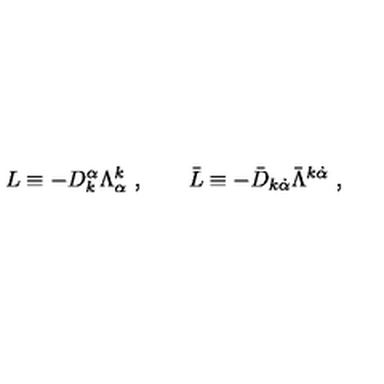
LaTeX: L \equiv - D _ { k } ^ { \alpha } \Lambda _ { \alpha } ^ { k } \ , \qquad \bar { L } \equiv - { \bar { D } } _ { k \dot { \alpha } } \bar { \Lambda } ^ { k \dot { \alpha } } \ ,